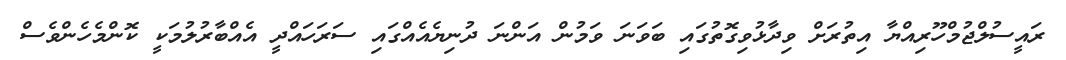
ރައީސުލްޖުމްހޫރިއްޔާ އިތުރަށް ވިދާޅުވިގޮތުގައި ބަވަނަ ވަމުން އަންނަ ދުނިޔެއެއްގައި ސަރަހައްދީ އެއްބާރުލުމަކީ ކޮންމެހެންވެސް